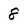
Character: 8